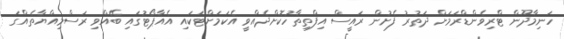
ހަނިމާދޫން ޓްރިވެންޑްރަމަށް ދަތުރު ފެށުން ރައީސް އިފްތިތާހުކޮށްދެއްވީ އެކަމަށްޓަކައި އެއާޕޯޓުގައި ބޭއްވި ރަސްމިއްޔާތެއްގަ